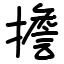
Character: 擔